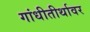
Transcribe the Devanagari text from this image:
गांधीतीर्थावर